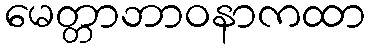
မေတ္တာဘာဝနာကထာ